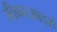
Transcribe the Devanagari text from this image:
जीवनआदर्श